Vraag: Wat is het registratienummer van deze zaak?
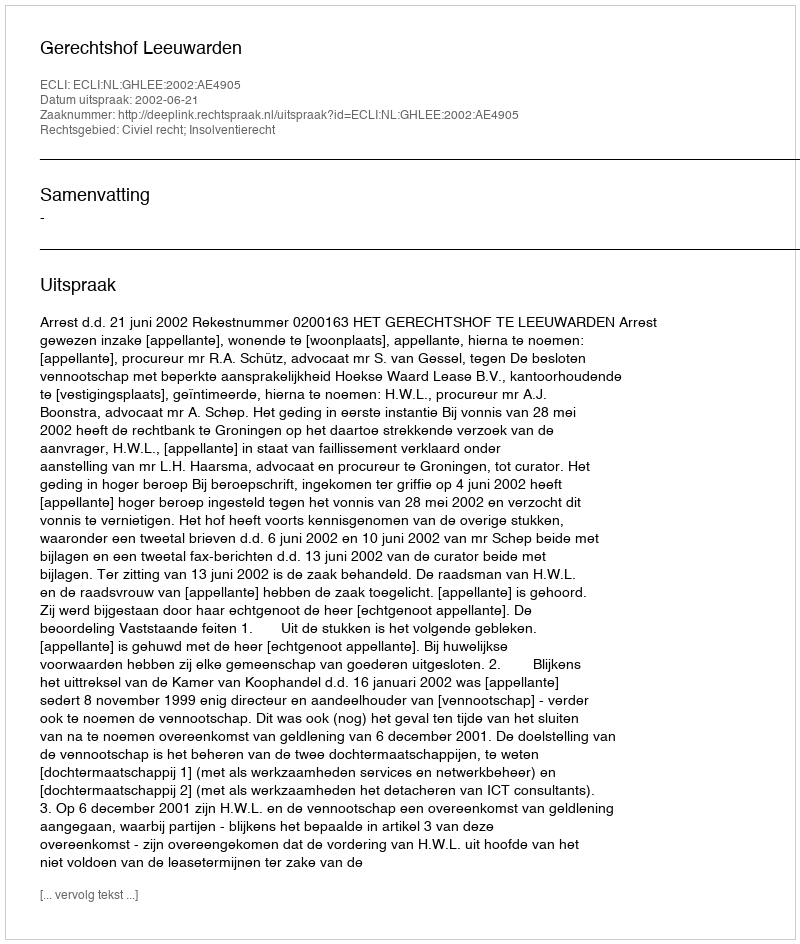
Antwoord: http://deeplink.rechtspraak.nl/uitspraak?id=ECLI:NL:GHLEE:2002:AE4905